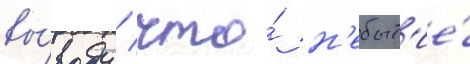
вы́воду / что́ н'ебыт'ие́